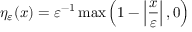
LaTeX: \eta _ { \varepsilon } ( x ) = \varepsilon ^ { - 1 } \operatorname* { m a x } \left( 1 - \left| { \frac { x } { \varepsilon } } \right| , 0 \right)